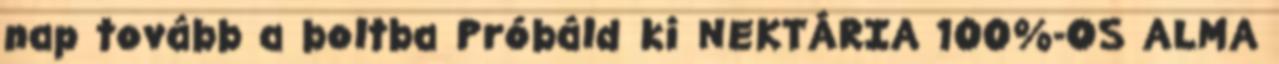
nap tovább a boltba Próbáld ki NEKTÁRIA 100%-OS ALMA